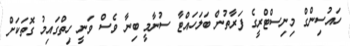
ހައުސިންގް މިނިސްޓްރީގެ ފަރާތުން ބަލަހައްޓާ ސުނާމީ ބިނާ ވެސް ވަނީ ހިތްގައިމު ގޮތަކަށް